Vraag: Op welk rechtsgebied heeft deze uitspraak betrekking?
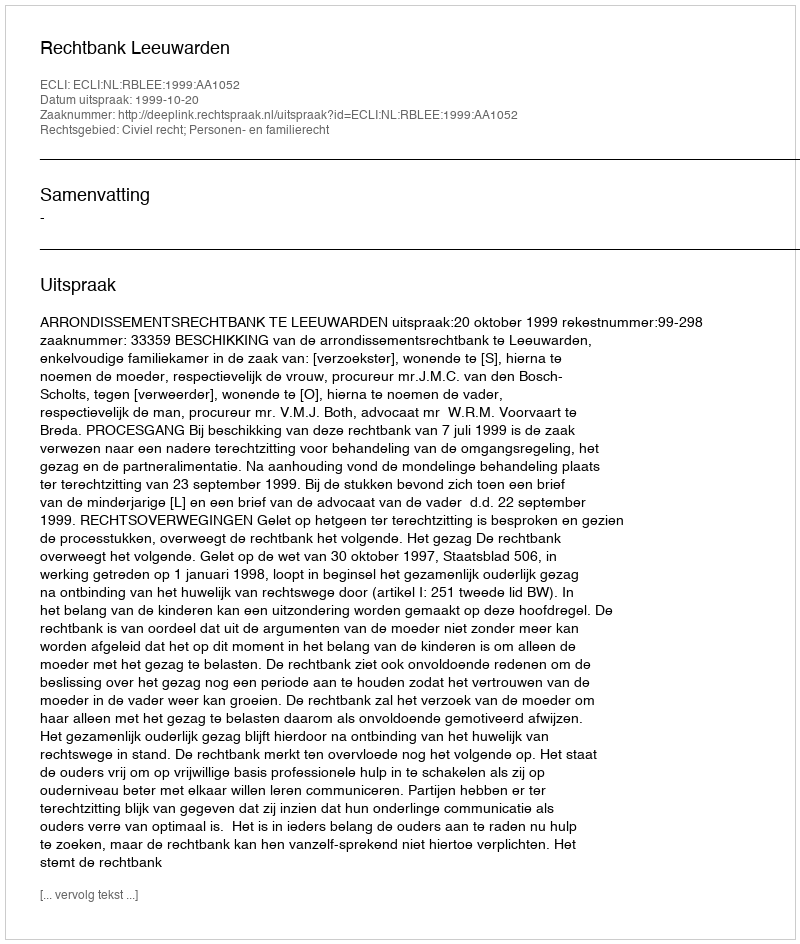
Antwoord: Civiel recht; Personen- en familierecht